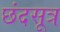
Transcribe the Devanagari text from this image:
छंदसूत्र